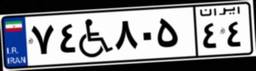
۷۴W۸۰۵۴۴